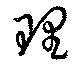
理